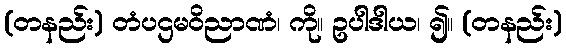
(တနည်း) တံပဌမဝိညာဏံ၊ ကို။ ဥပါဒါယ၊ ၍။ (တနည်း)